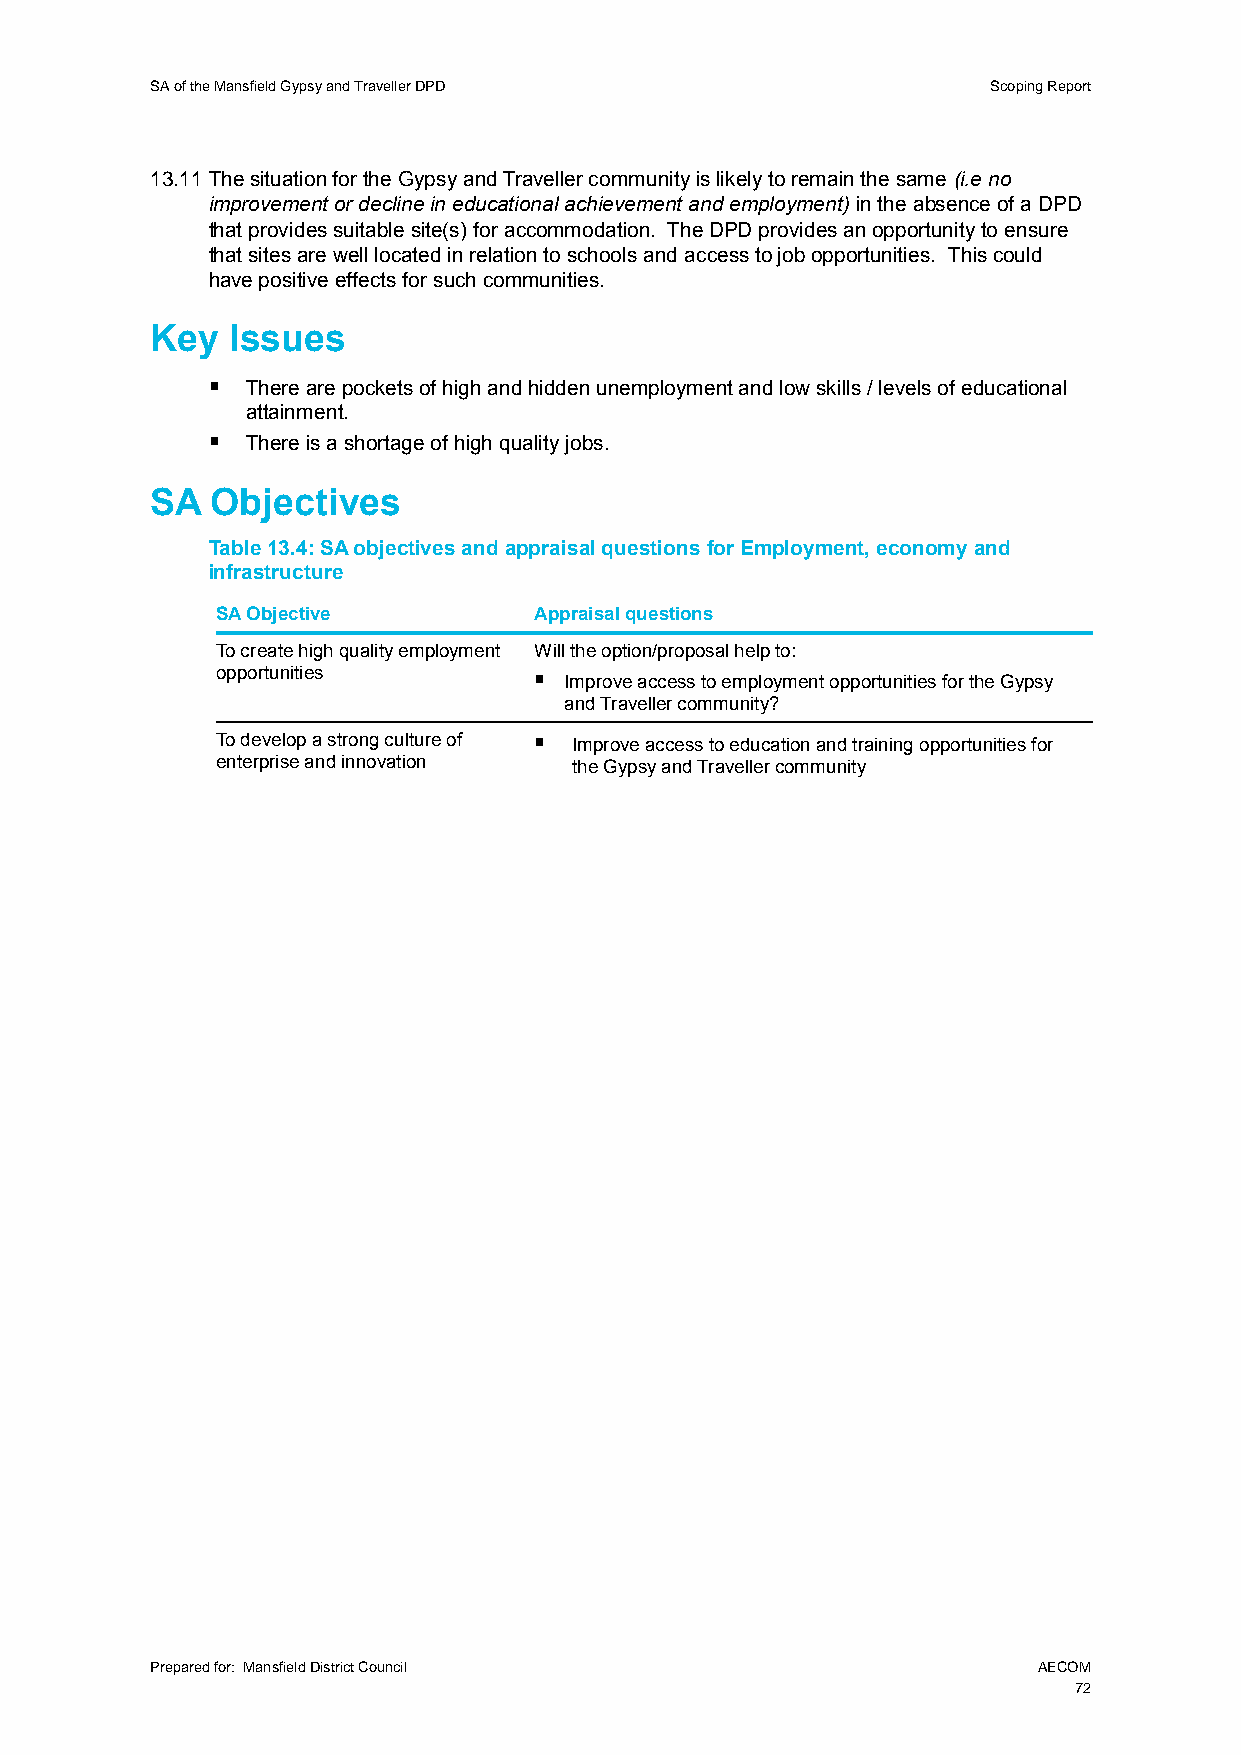
SA of the Mansfield Gypsy and Traveller DPD             Scoping Report
 13.11 The situation for the Gypsy and Traveller community is likely to remain the same (i.e no
 improvement or decline in educational achievement and employment) in the absence of a DPD
 that provides suitable site(s) for accommodation. The DPD provides an opportunity to ensure
 that sites are well located in relation to schools and access to job opportunities. This could
 have positive effects for such communities.
 Key  Issues
  There are pockets of high and hidden unemployment and low skills / levels of educational
 attainment.
  There is a shortage of high quality jobs.
 SA  Objectives
 Table 13.4: SA objectives and appraisal questions for Employment, economy and
 infrastructure
 SA Objective         Appraisal questions
 To create high quality employment Will the option/proposal help to:
 opportunities         Improve access to employment opportunities for the Gypsy
 and Traveller community?
 To develop a strong culture of  Improve access to education and training opportunities for
 enterprise and innovation the Gypsy and Traveller community
 Prepared for: Mansfield District Council                   AECOM
 72